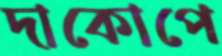
দাকোপে